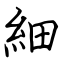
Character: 細